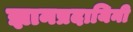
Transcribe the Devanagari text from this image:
ज्ञानप्रदायिनी